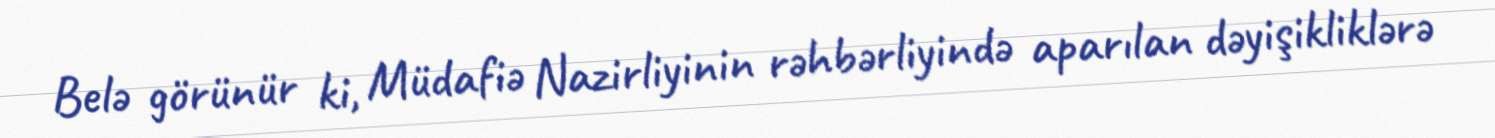
Belə görünür ki, Müdafiə Nazirliyinin rəhbərliyində aparılan dəyişikliklərə